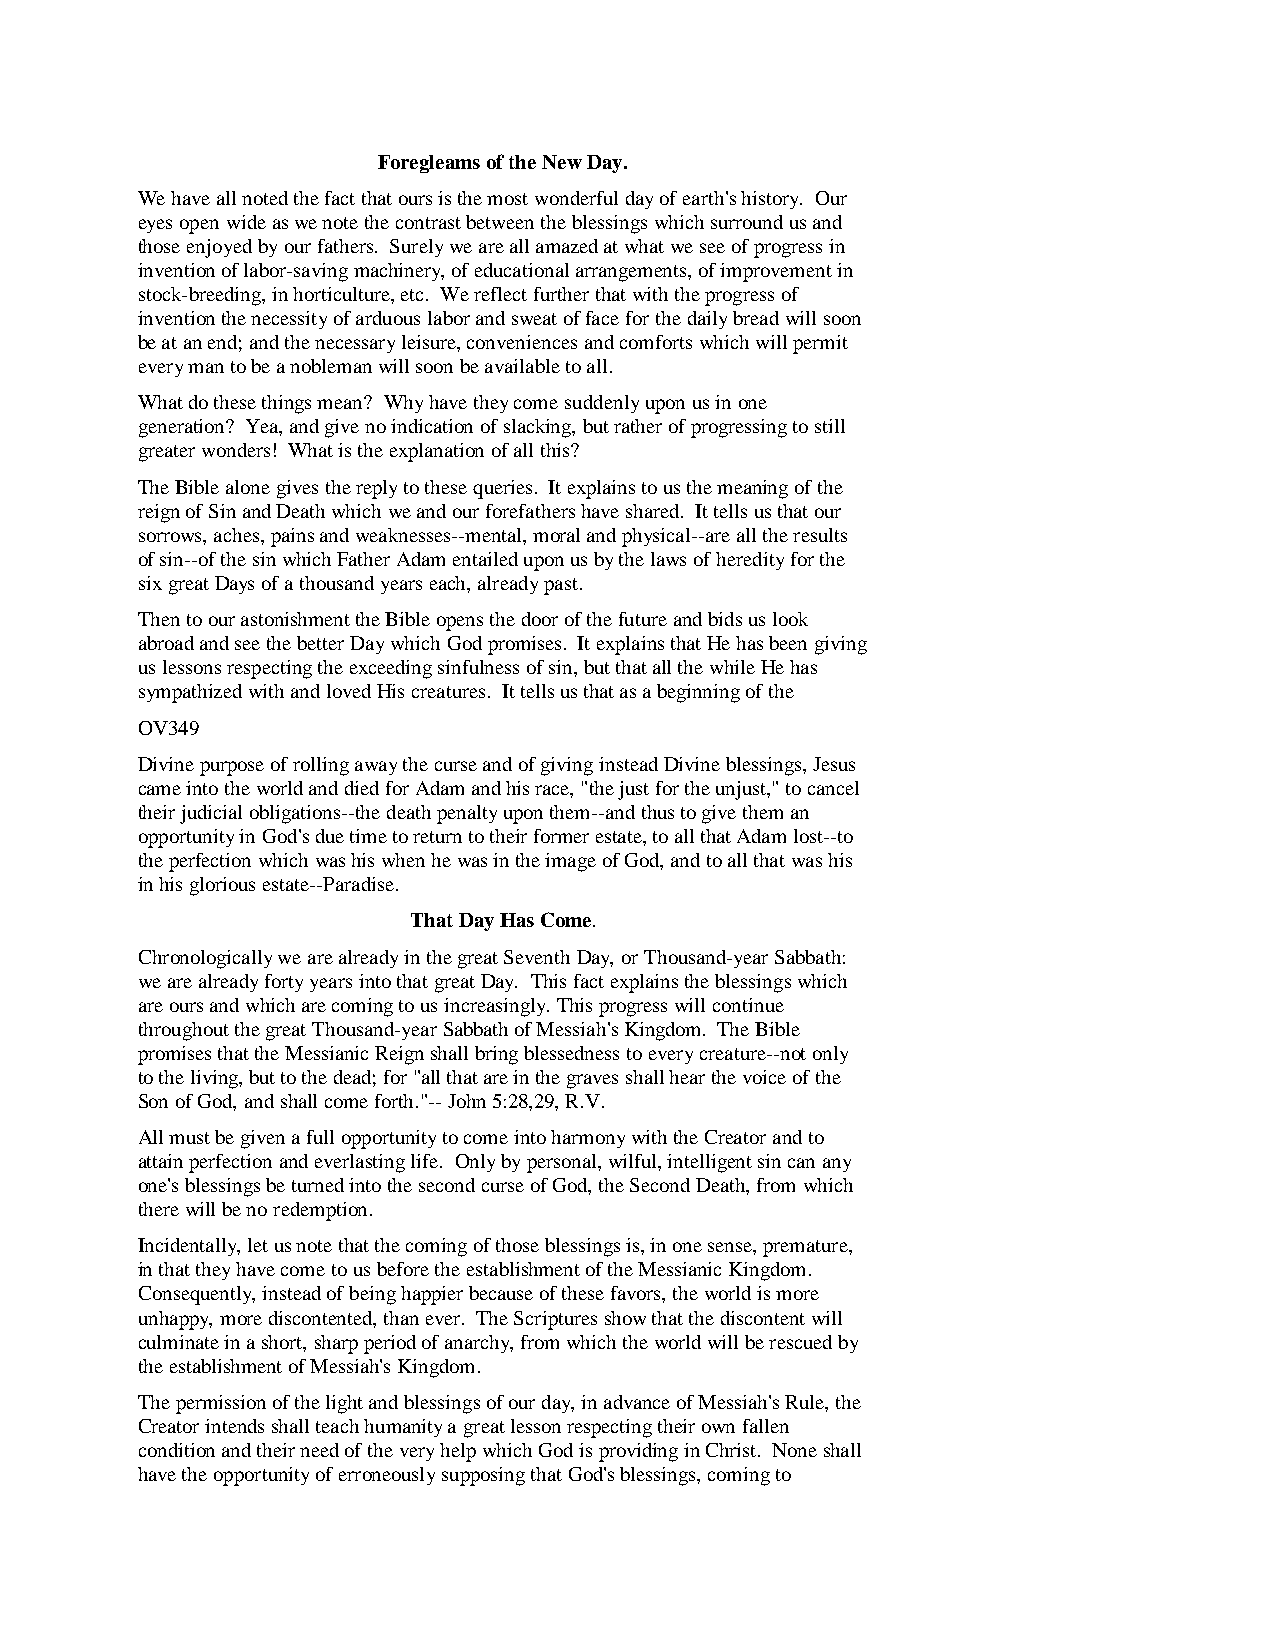
Foregleams of the New Day.
 We have all noted the fact that ours is the most wonderful day of earth's history. Our
 eyes open wide as we note the contrast between the blessings which surround us and
 those enjoyed by our fathers. Surely we are all amazed at what we see of progress in
 invention of labor-saving machinery, of educational arrangements, of improvement in
 stock-breeding, in horticulture, etc. We reflect further that with the progress of
 invention the necessity of arduous labor and sweat of face for the daily bread will soon
 be at an end; and the necessary leisure, conveniences and comforts which will permit
 every man to be a nobleman will soon be available to all.
 What do these things mean? Why have they come suddenly upon us in one
 generation? Yea, and give no indication of slacking, but rather of progressing to still
 greater wonders! What is the explanation of all this?
 The Bible alone gives the reply to these queries. It explains to us the meaning of the
 reign of Sin and Death which we and our forefathers have shared. It tells us that our
 sorrows, aches, pains and weaknesses--mental, moral and physical--are all the results
 of sin--of the sin which Father Adam entailed upon us by the laws of heredity for the
 six great Days of a thousand years each, already past.
 Then to our astonishment the Bible opens the door of the future and bids us look
 abroad and see the better Day which God promises. It explains that He has been giving
 us lessons respecting the exceeding sinfulness of sin, but that all the while He has
 sympathized with and loved His creatures. It tells us that as a beginning of the
 OV349
 Divine purpose of rolling away the curse and of giving instead Divine blessings, Jesus
 came into the world and died for Adam and his race, "the just for the unjust," to cancel
 their judicial obligations--the death penalty upon them--and thus to give them an
 opportunity in God's due time to return to their former estate, to all that Adam lost--to
 the perfection which was his when he was in the image of God, and to all that was his
 in his glorious estate--Paradise.
 That Day Has Come.
 Chronologically we are already in the great Seventh Day, or Thousand-year Sabbath:
 we are already forty years into that great Day. This fact explains the blessings which
 are ours and which are coming to us increasingly. This progress will continue
 throughout the great Thousand-year Sabbath of Messiah's Kingdom. The Bible
 promises that the Messianic Reign shall bring blessedness to every creature--not only
 to the living, but to the dead; for "all that are in the graves shall hear the voice of the
 Son of God, and shall come forth."-- John 5:28,29, R.V.
 All must be given a full opportunity to come into harmony with the Creator and to
 attain perfection and everlasting life. Only by personal, wilful, intelligent sin can any
 one's blessings be turned into the second curse of God, the Second Death, from which
 there will be no redemption.
 Incidentally, let us note that the coming of those blessings is, in one sense, premature,
 in that they have come to us before the establishment of the Messianic Kingdom.
 Consequently, instead of being happier because of these favors, the world is more
 unhappy, more discontented, than ever. The Scriptures show that the discontent will
 culminate in a short, sharp period of anarchy, from which the world will be rescued by
 the establishment of Messiah's Kingdom.
 The permission of the light and blessings of our day, in advance of Messiah's Rule, the
 Creator intends shall teach humanity a great lesson respecting their own fallen
 condition and their need of the very help which God is providing in Christ. None shall
 have the opportunity of erroneously supposing that God's blessings, coming to